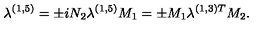
\lambda ^ { ( 1 , 5 ) } = \pm i N _ { 2 } \lambda ^ { ( 1 , 5 ) } M _ { 1 } = \pm M _ { 1 } \lambda ^ { ( 1 , 3 ) T } M _ { 2 } .